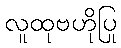
လူထုဗဟိုပြု